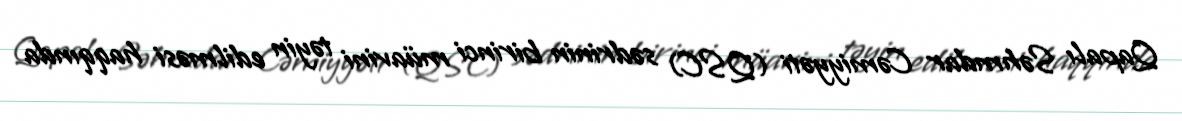
Qapalı Səhmdar Cəmiyyəti (QSC) sədrinin birinci müavini təyin edilməsi haqqında